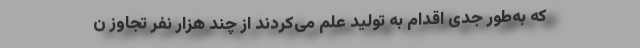
که به‌طور جدی اقدام به تولید علم می‌کردند از چند هزار نفر تجاوز ن